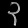
Digit: ၃